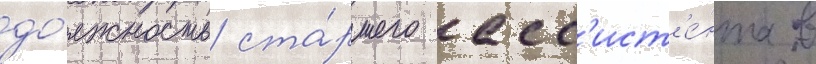
до́лжность ста́ршего асс'ист'е́нта в